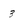
Character: 3